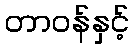
တာဝန်နှင့်